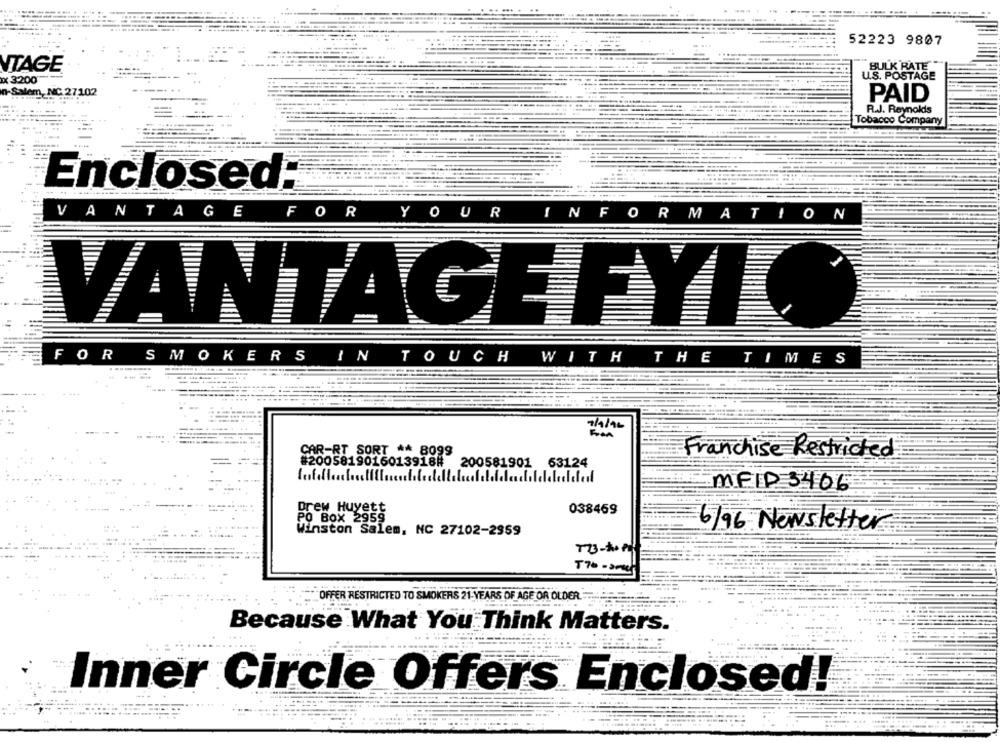
52223 9807
BULK RATE
VTAGE
xx 3200
U.S. POSTAGE
in-Salem, NC 2710
PAID
R.J. Reynolds
Tobacco Company
Enclosed:
V
ANTAG
E
F
OR
Y
OUR
INFORMATION
VANTAGE FYI
FOR
SMOKERS IN TOUCH WITH THE TIMES
7/4/16
CAR-RT SORT ** 8099
Franchise Restricted
#2005819016013918# 200581901 63124
MEID3406
Drew Huyett
038469
PO Box 2959
6/96 Newsletter
Winston Salem, NC 27102-2959
T33-10PM
570- 3mal
OFFER RESTRICTED TO SMOKERS 21-YEARS OF AGE OR OLDER. ...
Because What You Think Matters.
Inner Circle Offers Enclosed!